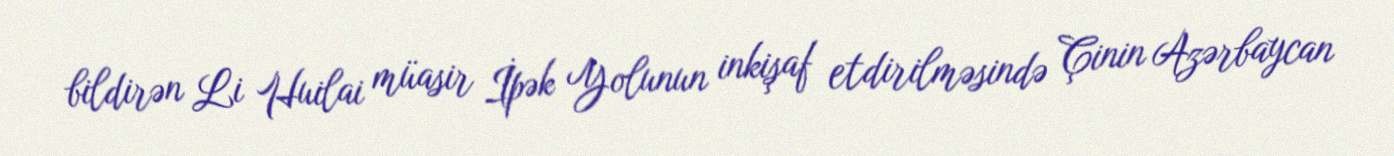
bildirən Li Huilai müasir İpək Yolunun inkişaf etdirilməsində Çinin Azərbaycan